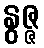
နွဇ္ဇ